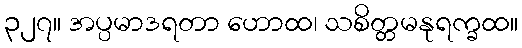
၃၂၇။ အပ္ပမာဒရတာ ဟောထ၊ သစိတ္တမနုရက္ခထ။